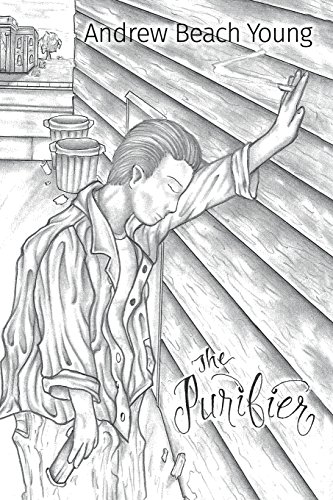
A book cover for The Purifier; Andrew Beach Young; Romance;